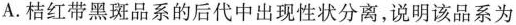
A.桔红带黑斑品系的后代中出现性状分离，说明该品系为